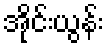
အိုင်းယွန်း